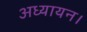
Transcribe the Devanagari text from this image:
अध्यायन।